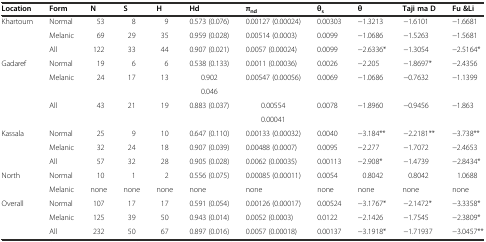
<table><thead><tr><td><b>Location</b></td><td><b>Form</b></td><td><b>N</b></td><td><b>S</b></td><td><b>H</b></td><td><b>Hd</b></td><td><b>π<sub>nd</sub></b></td><td><b>θ<sub>s</sub></b></td><td><b>θ</b></td><td><b>Taji ma D</b></td><td><b>Fu &amp;Li</b></td></tr></thead><tbody><tr><td rowspan="3">Khartoum</td><td>Normal</td><td>53</td><td>8</td><td>9</td><td>0.573 (0.076)</td><td>0.00127 (0.00024)</td><td>0.00303</td><td>-1.3213</td><td>-1.6101</td><td>-1.6681</td></tr><tr><td>Melanic</td><td>69</td><td>29</td><td>35</td><td>0.959 (0.028)</td><td>0.00514 (0.0003)</td><td>0.0099</td><td>-1.0686</td><td>-1.5263</td><td>-1.5681</td></tr><tr><td>All</td><td>122</td><td>33</td><td>44</td><td>0.907 (0.021)</td><td>0.0057 (0.00024)</td><td>0.0099</td><td>-2.6336*</td><td>-1.3054</td><td>-2.5164*</td></tr><tr><td rowspan="5">Gadaref</td><td>Normal</td><td>19</td><td>6</td><td>6</td><td>0.538 (0.133)</td><td>0.0011 (0.00036)</td><td>0.0026</td><td>-2.205</td><td>-1.8697*</td><td>-2.4356</td></tr><tr><td rowspan="2">Melanic</td><td rowspan="2">24</td><td rowspan="2">17</td><td rowspan="2">13</td><td>0.902</td><td rowspan="2">0.00547 (0.00056)</td><td rowspan="2">0.0069</td><td rowspan="2">-1.0686</td><td rowspan="2">-0.7632</td><td rowspan="2">-1.1399</td></tr><tr><td>0.046</td></tr><tr><td rowspan="2">All</td><td rowspan="2">43</td><td rowspan="2">21</td><td rowspan="2">19</td><td rowspan="2">0.883 (0.037)</td><td>0.00554</td><td rowspan="2">0.0078</td><td rowspan="2">-1.8960</td><td rowspan="2">-0.9456</td><td rowspan="2">-1.863</td></tr><tr><td>0.00041</td></tr><tr><td rowspan="3">Kassala</td><td>Normal</td><td>25</td><td>9</td><td>10</td><td>0.647 (0.110)</td><td>0.00133 (0.00032)</td><td>0.0040</td><td>-3.184**</td><td>-2.2181**</td><td>-3.738**</td></tr><tr><td>Melanic</td><td>32</td><td>24</td><td>18</td><td>0.907 (0.039)</td><td>0.00488 (0.0007)</td><td>0.0095</td><td>-2.277</td><td>-1.7072</td><td>-2.4653</td></tr><tr><td>All</td><td>57</td><td>32</td><td>28</td><td>0.905 (0.028)</td><td>0.0062 (0.00035)</td><td>0.00113</td><td>-2.908*</td><td>-1.4739</td><td>-2.8434*</td></tr><tr><td rowspan="2">North</td><td>Normal</td><td>10</td><td>1</td><td>2</td><td>0.556 (0.075)</td><td>0.00085 (0.00011)</td><td>0.0054</td><td>0.8042</td><td>0.8042</td><td>1.0688</td></tr><tr><td>Melanic</td><td>none</td><td>none</td><td>none</td><td>none</td><td>none</td><td>none</td><td>none</td><td>none</td><td>none</td></tr><tr><td rowspan="2">Overall</td><td>Normal</td><td>107</td><td>17</td><td>17</td><td>0.591 (0.054)</td><td>0.00126 (0.00017)</td><td>0.00524</td><td>-3.1767*</td><td>-2.1472*</td><td>-3.3358*</td></tr><tr><td>Melanic</td><td>125</td><td>39</td><td>50</td><td>0.943 (0.014)</td><td>0.0052 (0.0003)</td><td>0.0122</td><td>-2.1426</td><td>-1.7545</td><td>-2.3809*</td></tr><tr><td></td><td>All</td><td>232</td><td>50</td><td>67</td><td>0.897 (0.016)</td><td>0.0057 (0.00018)</td><td>0.00137</td><td>-3.1918*</td><td>-1.71937</td><td>-3.0457**</td></tr></tbody></table>